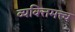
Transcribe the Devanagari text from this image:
व्यक्‍तिमत्त्व